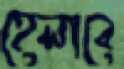
হেলাবে